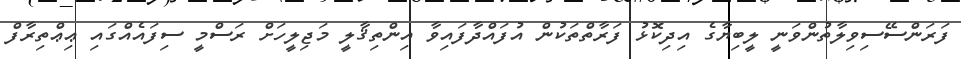
ފަރަންސޭސިވިލާތުންވަނީ ލީބިޔާގެ އިދިކޮޅު ފަރާތްތަކުން އުފައްދާފައިވާ އިންތިޤާލީ މަޖިލީހަށް ރަސްމީ ސިފައެއްގައި ޢިޢްތިރާފް